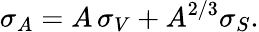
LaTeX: \sigma_{A}=A\, \sigma_{V}+A^{2/3}\sigma_{S}.